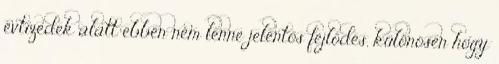
évtizedek alatt ebben nem lenne jelentős fejlődés, különösen hogy